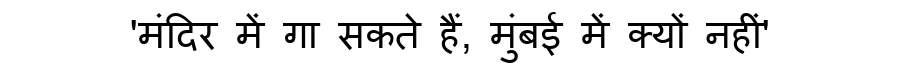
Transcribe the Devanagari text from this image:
'मंदिर में गा सकते हैं, मुंबई में क्यों नहीं'